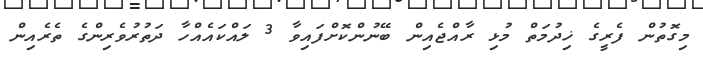
މިގޮތުން ފެރީގެ ޚިދުމަތް މުޅި ރާއްޖެއިން ބޭނުންކޮށްފައިވާ 3 ލައްކައެއްހާ ދަތުރުވެރިންގެ ތެރެއިން